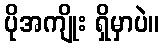
ပိုအကျိုး ရှိမှာပဲ။